Vaccination in Burma 1912-1922 - 1912-1922
Year: 1912
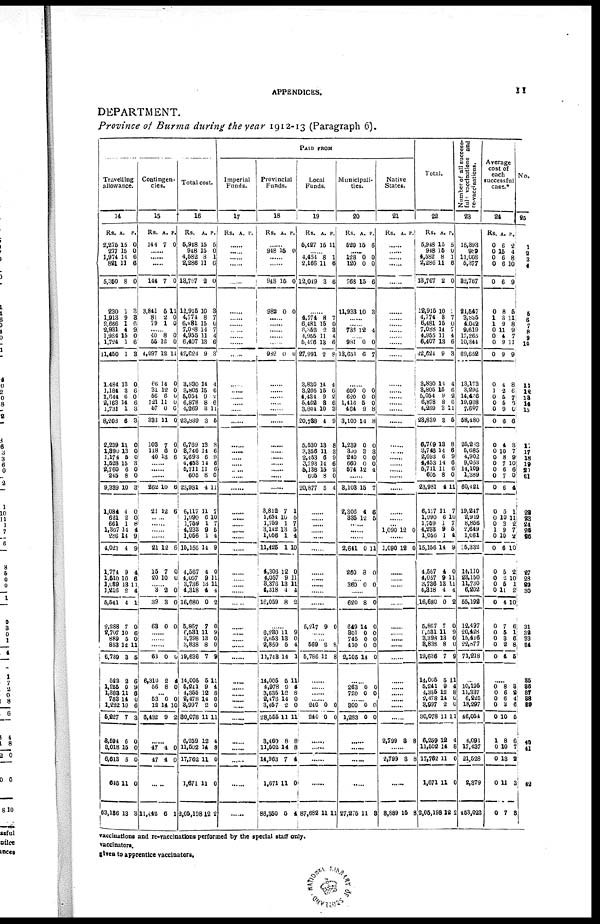
APPENDICES.
11
DEPARTMENT.
Province of Burma during the year 1912-13 (Paragraph 6).
Travelling
allowance.
14
Rs.
2,275
277
1,971
821
5,850
230
1,913
2,666
2,931
1,984
1,724
11,450
1,484
1,184
1,644
2,163
1,731
8,208
2,239
1,390
1,174
1,528
8,760
245
9,389
1,084
621
661
1,367
286
4,021
1,774
1,510
1,089
1,216
5,541
2,288
2,707
889
853
6,789
522
1,255
1,388
783
1,282
6,227
8,594
8,018
6,613
645
63,186
A.
15
15
14
11
8
1
9
1
4
15
1
1
13
3
6
14
1
6
11
13
5
15
6
8
10
4
2
1
14
14
4
9
10
18
2
4
7
10
5
12
3
2
0
11
14
10
7
6
15
5
11
13
P.
0
0
6
6
0
3
3
6
9
0
6
3
0
6
0 6
3
3
0
0
0
3
0
0
3
0
0
8
4
9
9
4
6
11
4
1
0
6
0
11
5
6
9
6
0
6
3
0
0
0
0
8
Contingen-
cies.
15
Rs
144
A.
7
P.
0
......
......
......
144
3,841
81
79
7
5
2
1
0
11
0
0
......
40
55
4,097
66
31
56
121
57
333
103
118
40
8
12
12
14
12
6
11
0
11
7
6
13
0
0
11
0
0
0
0
0
0
0
0
6
......
......
......
262
21
10
12
6
6
......
......
......
......
21
15
20
12
7
10
6
0
0
......
3
39
63
2
3
0
0
0
0
......
......
......
63
6,310
56
0
2
8
0
4
0
...
53
12
5,432
0
14
9
0
10
2
......
47
47
4
4
0
0
......
11,442 6 1
Total cost.
16
Rs.
5,948
918
4,582
2,286
13,767
12,915
4,771
6,481
7,088
4,955
6,407
42,624
3,830
3,805
5,054
6,878
4,269
23,839
6,769
8,746
2,693
1,453
5,711
605
23,981
6,117
1,990
1,759
4,233
1,056
16,156
4,567
4,057
3,736
4,318
16,680
5,867
6,681
3,398
3,838
19,636
14,005
5,241
1,355
2,478
8,997
80,078
6,269
11,502
17,762
1,671
2,06,198
A.
15
15
8
11
2
10
8
15
14
11
13
9
11
15
9
8
3
3
13
14
6
14
11
8
4
11
6
1
9
1
14
4
9
13
4
0
7
11
13
8
7
6
9
12
14
2
11
12
14
11
11
12
P.
5
0
1
6
0
3
7
0
7
4
6
3
4
6
2
6
11
5
8
6
9
6
6
0
11
7
10
7
5
4
9
0
11
11
4
2
0
9
0
0
9
11
4
8
0 0
11
4
8
0
0
2
PAID FROM
Imperial
Funds.
17
Rs. A. P.
......
......
......
......
......
......
......
......
...
......
......
......
......
......
......
......
......
......
......
......
......
......
......
......
......
......
......
......
......
......
......
......
......
......
......
......
......
......
......
......
......
......
......
......
.....
......
......
......
......
......
......
Provincial
Funds.
18
Rs. A. P.
......
948 15 0
......
......
948
982
15
0
0
0
......
......
......
......
......
982 0 0
......
......
......
......
......
......
.....
......
......
......
......
......
3,812
1,651
1,759
3,142
1,056
11,425
4,306
4,057
8,376
4,318
16,059
7
10
1
13
1
1
12
9
13
4
8
1
5
7
5
4
10
0
11
11
4
2
......
6,280
2,653
2,859
11,748
14,006
l,978
3,635
2,478
3,457
28,555
3,160
11,502
14,963
1,671
86,350
11
18
5
14
5
9
12
14
2
11
8
14
7
11
5
9
0
4
1
11
4
8
0
0
11
8
8
4
0
4
Local
Funds.
19
Rs.
5,427
A.
15
P.
11
......
4,454
2,166
12,049
8
11
3
1
6
6
......
4,774
6,481
6,352
4,955
5,126
27,991
3,830
3,205
4,134
5,462
3,801
20,738
5,530
3,356
2,453
3,793
5,136
605
20,877
8
15
2
11
18
2
14
15
9
8
10
1
13
11
6
14
15
8
5
7
0
3
4
6
8
4
6
2
6
3
9
8
3
9
6
2
0
4
......
......
......
......
......
......
......
......
......
......
......
5,217 9 0
......
......
569
5,766
2
11
8
8
......
......
......
......
210
240
0
0
0
0
......
......
......
87,682 11 11
Municipali-
ties.
20
Rs.
520
A.
15
P.
6
......
128
120
768
11,938
0
0
15
10
0
0
6
3
......
......
733 12 4
......
981
13,651
0
6
0
7
......
600
620
1,416
464
3,100
1,239
300
240
660
574
0
0
5
9
11
0
3
0
0
12
0
0
0
8
8
0
3
0
0
1
......
8,103
2,305
336
16
4
12
7
6
5
...
......
......
2,641
260
0
8
11
0
......
360 0 0
......
620
649
801
745
410
2,105
8
14
0
0
0
14
0
0
0
0
0
0
......
263
720
0
0
0
0
......
300
1,283
0
0
0
0
......
......
......
......
27,275 11 8
Native
States.
21
Rs. A. P.
......
......
......
......
......
......
......
......
......
......
......
......
......
......
......
......
......
......
......
......
......
......
......
......
......
......
1,090 12 0
......
1,090 18 0
......
......
......
......
......
......
......
......
......
......
......
......
......
......
......
......
2,799 8 8
......
2,799 3 8
8,889 15 8
Total.
22
Rs.
5,948
948
4,582
2,286
13,767
12,915
4,774
6,481
7,088
4,955
6,407
42,624
3,830
3,805
5,054
6,878
1,269
23,839
6,769
3,746
2,693
4,453
5,711
605
23,981
6,117
1,990
1,769
1,233
1,056
15,156
4,567
4,057
3,736
4,318
16,680
5,867
6,581
3,393
3,838
19,636
14,065
5,241
4,355
2,478
3,997
30,078
6,259
11,502
17,762
1,671
2,05,198
A.
15
15
8
11
2
10
8
15
11
11
13
9
14
15
9
8
3
8
18
11
6
14
11
8
4
11
6
1
9
1
14
4
9
13
4
0
7
11
13
8
7
5
9
12
14
2
11
12
14
11
11
12
P.
5
0
1
6
0
3
7
0
7
4
6
3
4
6
2
6
11
5
8
6
9
6
6
0
11
7
10
7
5
4
9
0
11
11
1
2
0
9
0
0
9
11
4
8
0
0
11
1
8
0
0
2
Number of all success-
ful vaccinations and
re-vaccinations.
23
15,393
989
11,008
5,377
82,767
24,547
3,835
4,042
9,619
17,265
10,344
69,652
13,173
3,296
14,466
19,938
7,607
68,180
25,283
5,685
4,902
9,053
11,109
1,389
60,421
19,247
2,919
8,856
2,619
1,661
25,332
14,110
23,150
11,730
6,202
55,192
12,497
20,428
15,416
22,877
71,218
......
10,195
11,337
6,225
18,297
46,051
1,091
17,187
21,528
2,379
453,023
Average
cost of
each
successful
case.*
24
Rs.
0
0
0
0
0
0
1
1
0
0
0
0
0
1
0
0
0
0
0
0
0
0
0
0
0
0
0
0
1
0
0
0
0
0
0
0
0
0
0
0
0
A.
6
15
6
6
6
8
3
9
11
4
9
9
4
2
5 5
9
6
4
10
8
7
6
7
6
5
10
3
9
10
6
5
2
6
11
4
7
5
3
2
4
P.
2
4
8
10
9
5
11
8
9
7
11
9
8
6
7
6
0
6
3
7
9
10
6
0
4
1
11
2
7
2
10
2
10
1
2
10
6
1
6
8
5
......
0
0
0
0
0
1
0
0
0
0
8
6
6 3
10
8
10
13
11
7
8
2
4
6
5
6
7
2
3
3
No.
25
1
2
3
4
5
6
7
8 9
10
11
12
13
14
15
16
17
18
19
20
21
22
23
24
25
26
27
28
29
30
31
32
33
34
35
86
37
38
59
40
41
42
vaccinations and re-vaccinations performed by the special staff only.
vaccinators.
given to apprentice vaccinators.